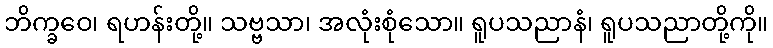
ဘိက္ခဝေ၊ ရဟန်းတို့။ သဗ္ဗသာ၊ အလုံးစုံသော။ ရူပသညာနံ၊ ရူပသညာတို့ကို။